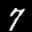
Label: 7